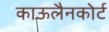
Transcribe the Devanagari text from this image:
काऊलैनकोर्ट